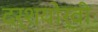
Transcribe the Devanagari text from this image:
दर्शयोर्वीः